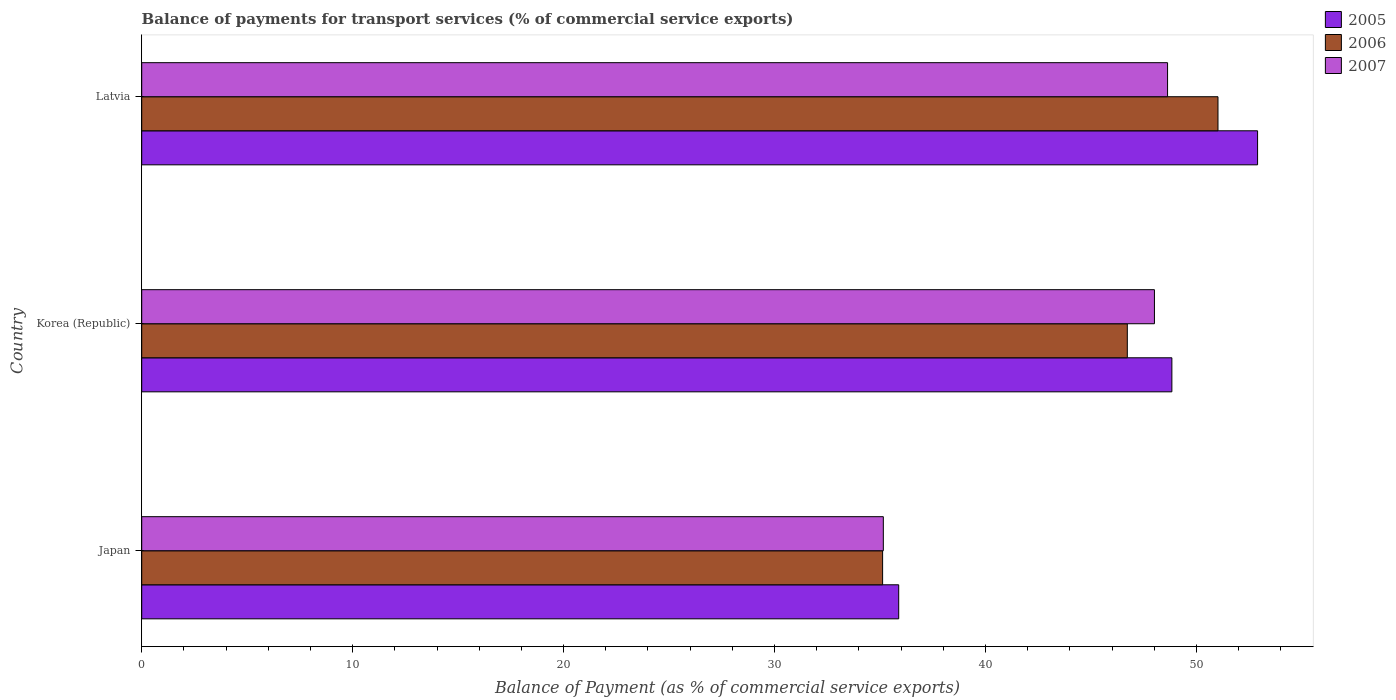
| Country | 2005 | 2006 | 2007 |
 | --- | --- | --- | --- |
 | Japan | 35.9 | 35.1 | 35.2 |
 | Korea (Republic) | 48.8 | 46.7 | 48 |
 | Latvia | 52.9 | 51 | 48.6 |